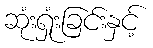
ဆုံးရှုံးခြင်းနှင့်